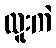
ထူးကဲ